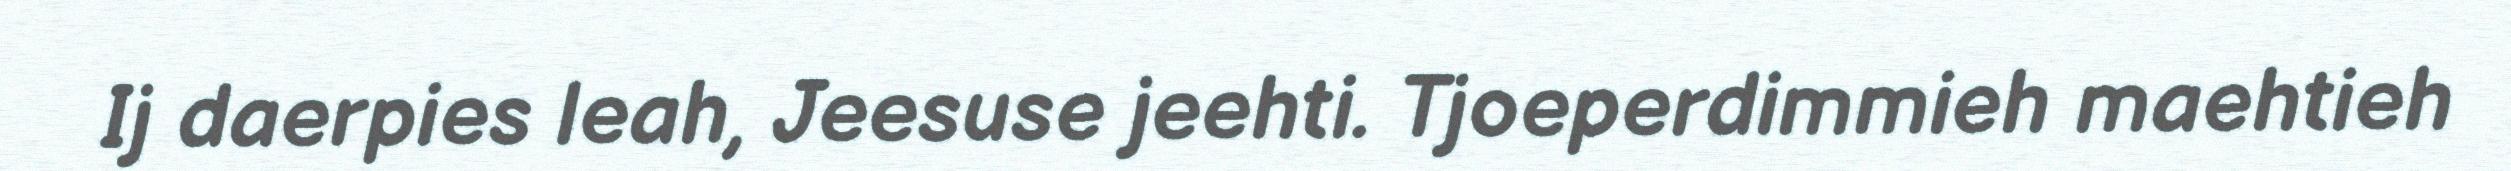
Ij daerpies leah, Jeesuse jeehti. Tjoeperdimmieh maehtieh